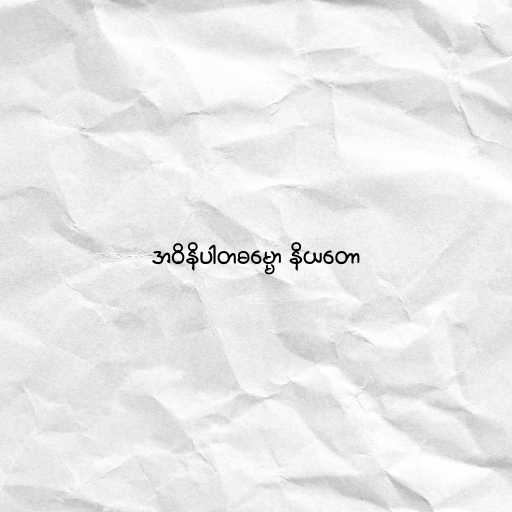
အဝိနိပါတဓမ္မော နိယတော